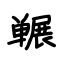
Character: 冁